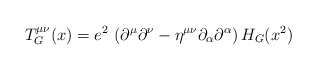
\begin{align*}T^{\mu\nu}_G (x) = e^2\,\left(\partial^{\mu}\partial^{\nu} -\eta^{\mu\nu}\partial_{\alpha}\partial^{\alpha}\right)H_G(x^2)\end{align*}